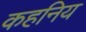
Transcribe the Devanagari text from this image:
कहनिय